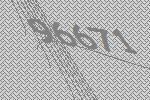
96671